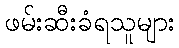
ဖမ်းဆီးခံရသူများ